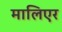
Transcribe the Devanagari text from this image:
मालिएर